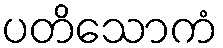
ပတိသောကံ